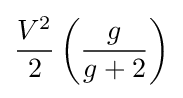
{V^{2} \over 2}\left({g \over g+2}\right)